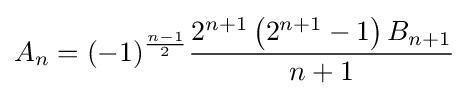
A_{n}=(-1)^{\frac {n-1}{2}}{\frac {2^{n+1}\left(2^{n+1}-1\right)B_{n+1}}{n+1}}